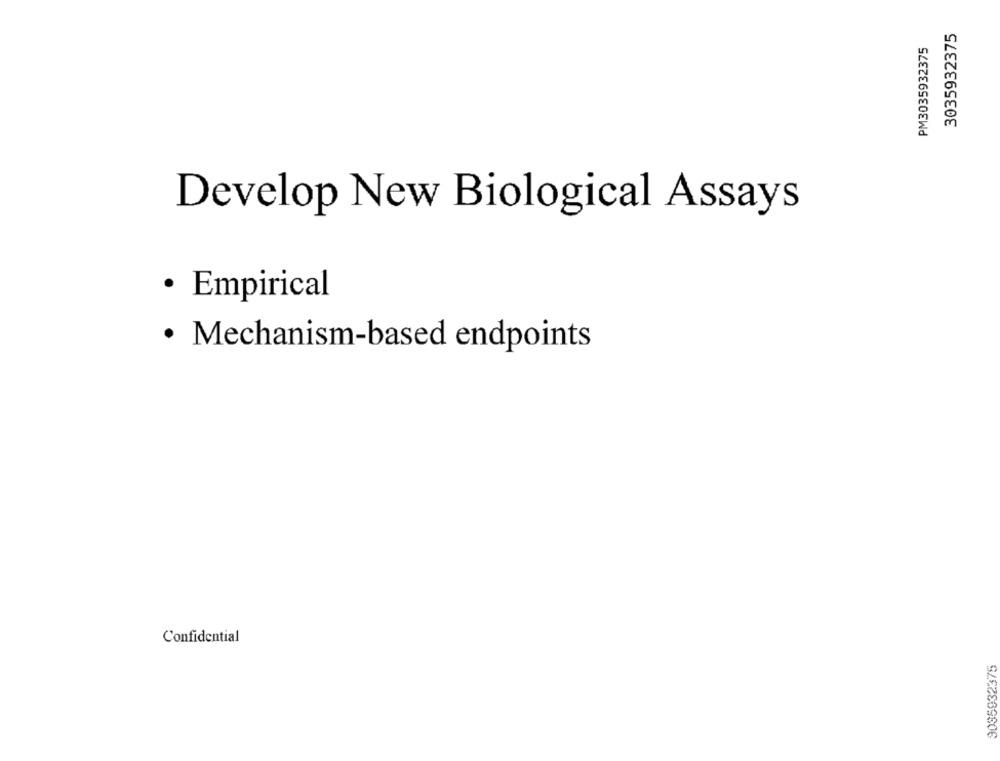
3035932375
PM3035932375
Develop New Biological Assays
· Empirical
· Mechanism-based endpoints
Confidential
9085932375